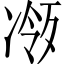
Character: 𪞧